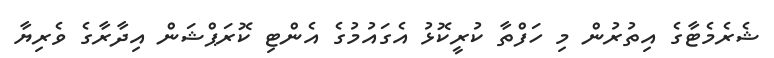
ޝެރެމެޓާގެ އިތުރުން މި ހަފްތާ ކުރީކޮޅު އެގައުމުގެ އެންޓި ކޮރަޕްޝަން އިދާރާގެ ވެރިޔާ